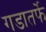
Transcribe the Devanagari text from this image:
गडातर्फे